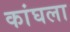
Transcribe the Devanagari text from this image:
कांघला